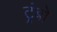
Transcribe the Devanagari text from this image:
ट्रंबो